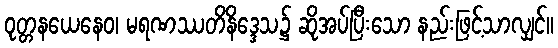
ဝုတ္တနယေနေဝ၊ မရဏဿတိနိဒ္ဒေသ၌ ဆိုအပ်ပြီးသော နည်းဖြင့်သာလျှင်။